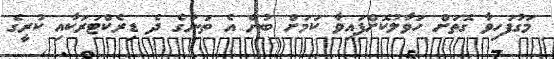
މަގުފަހިވާ ގޮތަށް ހަވާލުކޮށްފައިވާ ކަމަށް ބުނެ އެ ތަނުގެ ދެ ޑިރެކްޓަރަކާއި ކުރީގެ